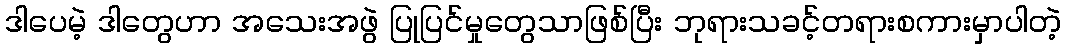
ဒါပေမဲ့ ဒါတွေဟာ အသေးအဖွဲ ပြုပြင်မှုတွေသာဖြစ်ပြီး ဘုရားသခင့်တရားစကားမှာပါတဲ့